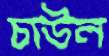
চাউল